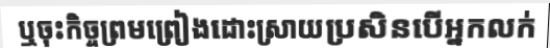
ឬចុះកិច្ចព្រមព្រៀងដោះស្រាយប្រសិនបើអ្នកលក់